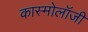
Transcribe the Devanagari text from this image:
कास्मोलॉजी